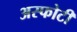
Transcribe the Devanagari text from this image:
अस्फोटी